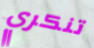
تنكري